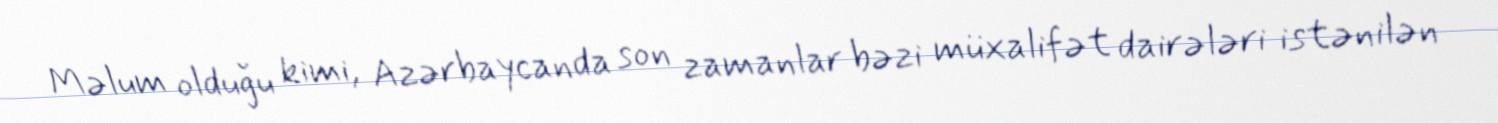
Məlum olduğu kimi, Azərbaycanda son zamanlar bəzi müxalifət dairələri istənilən